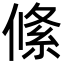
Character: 絛